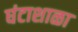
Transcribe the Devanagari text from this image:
घंटाशाळा